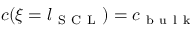
c ( \xi = l _ { \mathrm { ~ S ~ C ~ L ~ } } ) = c _ { \mathrm { ~ b ~ u ~ l ~ k ~ } }